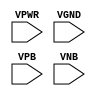
module sky130_fd_sc_lp__fill (
    VPWR,
    VGND,
    VPB ,
    VNB
);

    // Module ports
    input VPWR;
    input VGND;
    input VPB ;
    input VNB ;
     // No contents.
endmodule